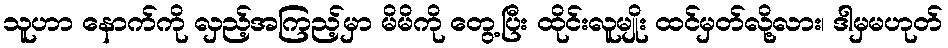
သူဟာ နောက်ကို လှည့်အကြည့်မှာ မိမိကို တွေ့ပြီး ထိုင်းလူမျိုး ထင်မှတ်လို့လား၊ ဒါမှမဟုတ်